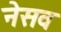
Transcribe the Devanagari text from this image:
नेसव